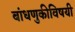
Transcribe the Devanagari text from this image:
बांधणुकीविषयी